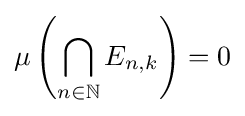
\mu \left(\bigcap _{n\in \mathbb {N} }E_{n,k}\right)=0